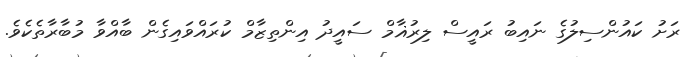
ރަށު ކައުންސިލުގެ ނައިބު ރައީސް ލިރުޣާމް ސައީދު އިންތިޒާމް ކުރައްވައިގެން ބާއްވާ މުބާރާތެކެވެ.